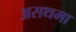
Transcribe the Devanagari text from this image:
असथमा